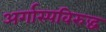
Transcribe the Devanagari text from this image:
अर्गास्पविरुद्ध